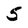
Character: 5